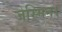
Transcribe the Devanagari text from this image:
जेस्मिन।